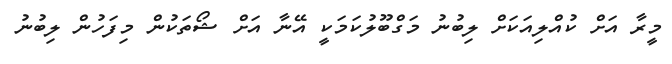
މީރާ އަށް ކުއްލިއަކަށް ލިބުނު މަގްބޫލުކަމަކީ އޭނާ އަށް ޝޯތަކުން މިފަހުން ލިބުނު